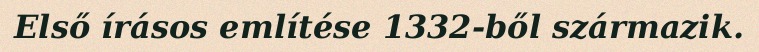
Első írásos említése 1332-ből származik.